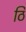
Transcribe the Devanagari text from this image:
ठि